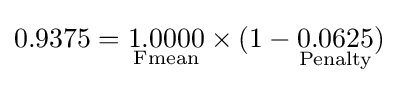
0.9375={\underset {\text{Fmean}}{1.0000}}\times (1-{\underset {\text{Penalty}}{0.0625}})